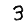
Digit: 3